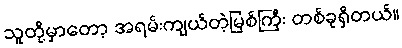
သူတို့မှာတော့ အရမ်းကျယ်တဲ့မြစ်ကြီး တစ်ခုရှိတယ်။